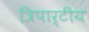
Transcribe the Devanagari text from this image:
त्रिपार्टीय